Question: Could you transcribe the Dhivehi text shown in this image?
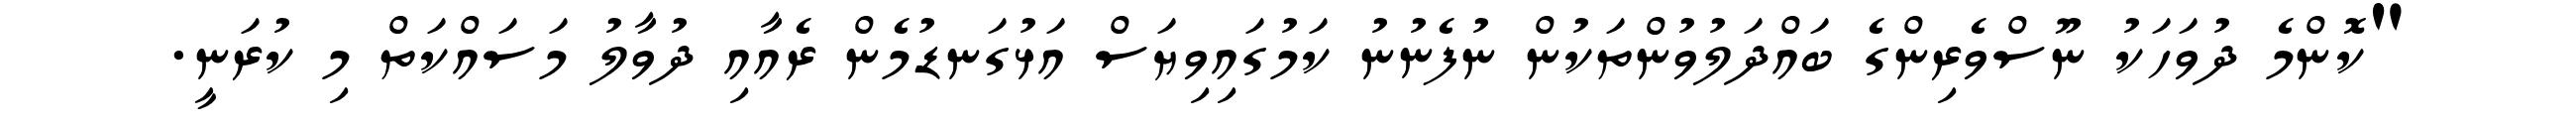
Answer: "ކޮންމެ ދުވަހަކު ނޫސްވެރިންގެ ބައްދަލުވުންތަކުން ނުފެނުނު ކަމުގައިވިޔަސް އަޅުގަނޑުމެން ރެއާއި ދުވާލު މަސައްކަތް މި ކުރަނީ.